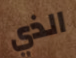
الذي